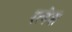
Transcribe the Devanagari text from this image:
रत्‍नेश